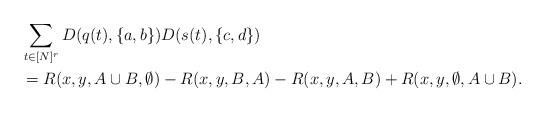
LaTeX: \begin{align*}&\sum_{t\in [N]^r} D(q(t), \{a,b\})D(s(t), \{c,d\}) \\&= R(x,y, A\cup B, \emptyset) - R(x,y,B, A) - R(x,y,A,B) + R(x,y,\emptyset, A\cup B). \end{align*}